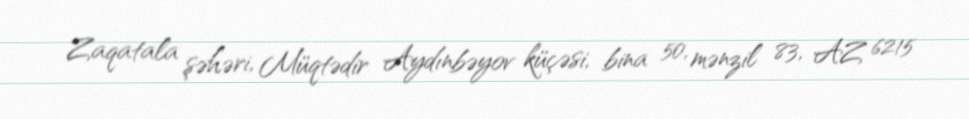
Zaqatala şəhəri, Müqtədir Aydınbəyov küçəsi, bina 50, mənzil 83, AZ 6215